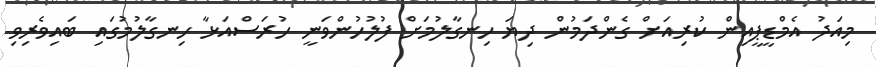
މިއަދު އެމްޑީޕީއިން ކުރިއަށް ގެންދަމުން ދިޔަ ހިނގާލުމަށް ފުލުހުންވަނީ ހުރަސްއަޅާ ހިނގާލުމުގައި ބައިވެރިވި